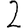
Digit: 2